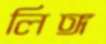
লিঙ্গ